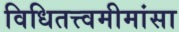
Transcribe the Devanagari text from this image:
विधितत्त्वमीमांसा